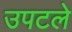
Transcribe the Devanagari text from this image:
उपटले